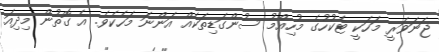
ޖަނަވަރީ މަހަކީ ޓެކުހުގެ މުހިއްމު ސުންގަޑިތަކެއް އަންނަ މަހެކެވެ. އެ ގޮތުން މިދިއަ